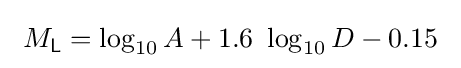
\ M_{\mathsf {L}}=\log _{10}A+1.6\ \log _{10}D-0.15\